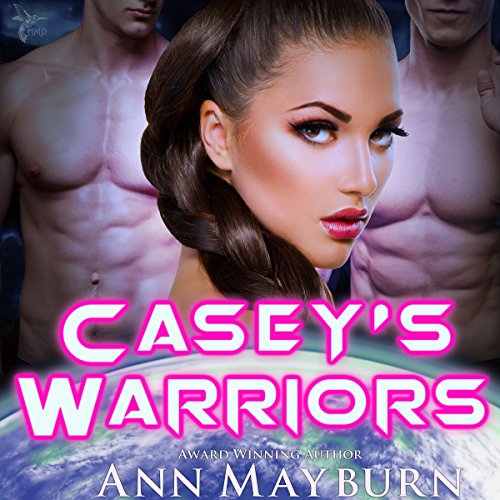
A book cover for Casey's Warriors: Bondmates, Book 1; Ann Mayburn; Romance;